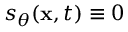
s _ { \theta } ( \mathbf { x } , t ) \equiv 0